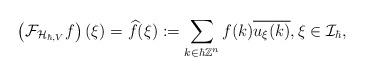
LaTeX: \begin{align*}\left(\mathcal{F}_{\mathcal{H}_{\hbar,V}} f\right)(\xi)=\widehat{f}(\xi):=\sum\limits_{k\in\hbar\mathbb{Z}^{n}} f(k) \overline{u_{\xi}(k)}, \xi\in\mathcal{I}_{\hbar},\end{align*}